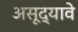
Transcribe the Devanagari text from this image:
असूद्यावे